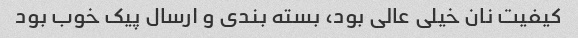
کیفیت نان خیلی عالی بود، بسته بندی و ارسال پیک خوب بود